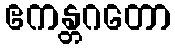
ဧကန္တဂတော